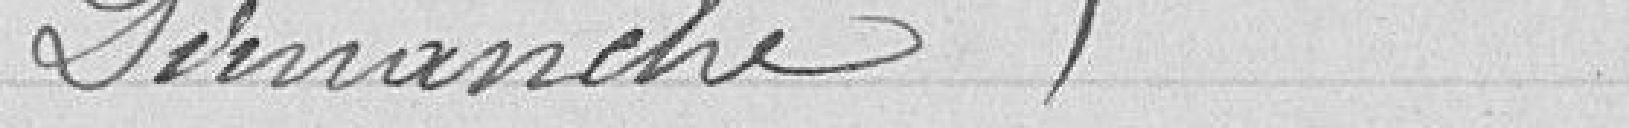
Dimanche